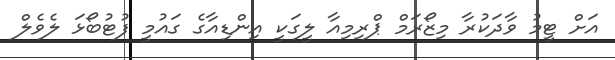
އަށް ޓީމު ވާދަކުރާ މިޒޯރަމް ޕްރިމިއާ ލީގަކީ އިންޑިއާގެ ގައުމީ ފުޓުބޯޅަ ލެވެލް